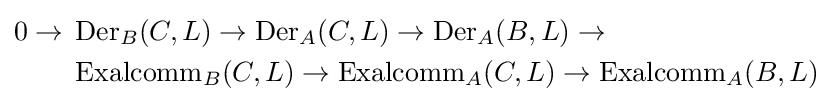
{\begin{aligned}0\rightarrow \;&\operatorname {Der} _{B}(C,L)\rightarrow \operatorname {Der} _{A}(C,L)\rightarrow \operatorname {Der} _{A}(B,L)\rightarrow \\&\operatorname {Exalcomm} _{B}(C,L)\rightarrow \operatorname {Exalcomm} _{A}(C,L)\rightarrow \operatorname {Exalcomm} _{A}(B,L)\end{aligned}}